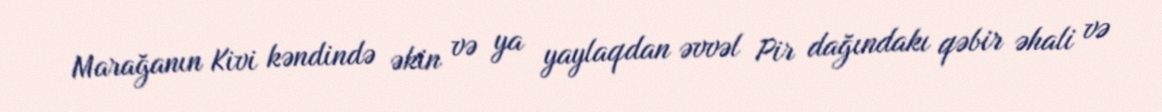
Marağanın Kivi kəndində əkin və ya yaylaqdan əvvəl Pir dağındakı qəbir əhali və